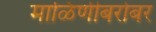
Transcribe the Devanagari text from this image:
माळिणीबरोबर